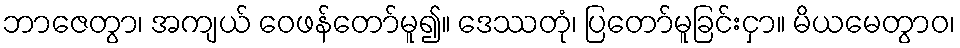
ဘာဇေတွာ၊ အကျယ် ဝေဖန်တော်မူ၍။ ဒေဿတုံ၊ ပြတော်မူခြင်းငှာ။ မိယမေတွာဝ၊